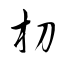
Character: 朷